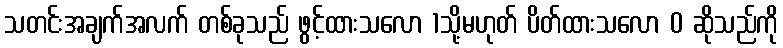
သတင်းအချက်အလက် တစ်ခုသည် ဖွင့်ထားသလော 1သို့မဟုတ် ပိတ်ထားသလော 0 ဆိုသည်ကို